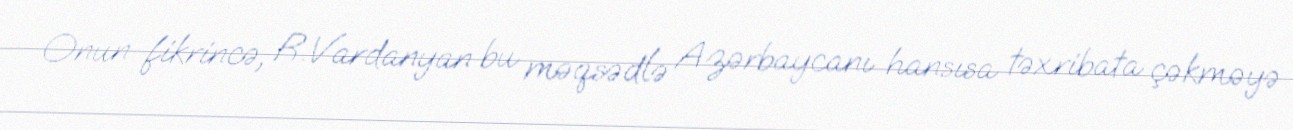
Onun fikrincə, R.Vardanyan bu məqsədlə Azərbaycanı hansısa təxribata çəkməyə